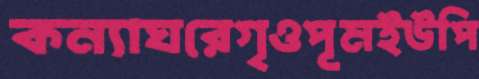
কন্যাঘরেগৃওপূমইউপি